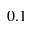
0 . 1